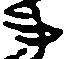
事